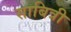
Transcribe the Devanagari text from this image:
साबित्री